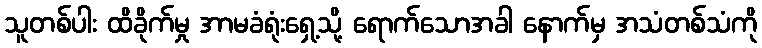
သူတစ်ပါး ထိခိုက်မှု အာမခံရုံးရှေ့သို့ ရောက်သောအခါ နောက်မှ အသံတစ်သံကို